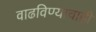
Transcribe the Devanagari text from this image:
वाढविण्याचाही